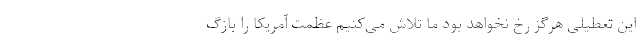
این تعطیلی هرگز رخ نخواهد بود ما تلاش می‌کنیم عظمت آمریکا را بازگ